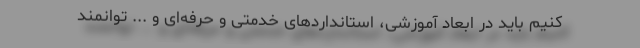
کنیم باید در ابعاد آموزشی، استانداردهای خدمتی و حرفه‌ای و ... توانمند